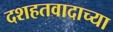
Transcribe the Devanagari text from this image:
दशहतवादाच्या